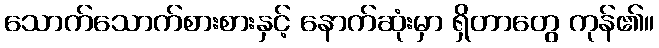
သောက်သောက်စားစားနှင့် နောက်ဆုံးမှာ ရှိတာတွေ ကုန်၏။